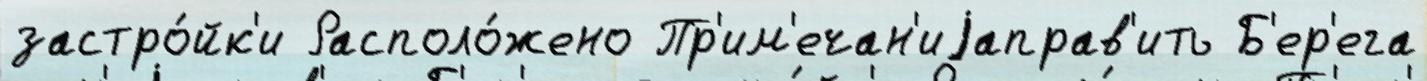
застро́йк'и Располо́жено Пр'им'ечан'иjаправ'ить Б'ер'ега